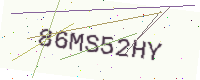
Text: 86MS52HY